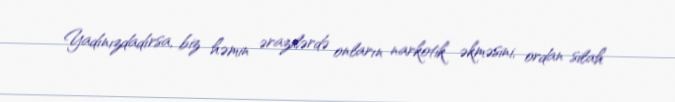
Yadınızdadırsa, biz həmin ərazilərdə onların narkotik əkməsini, ordan silah